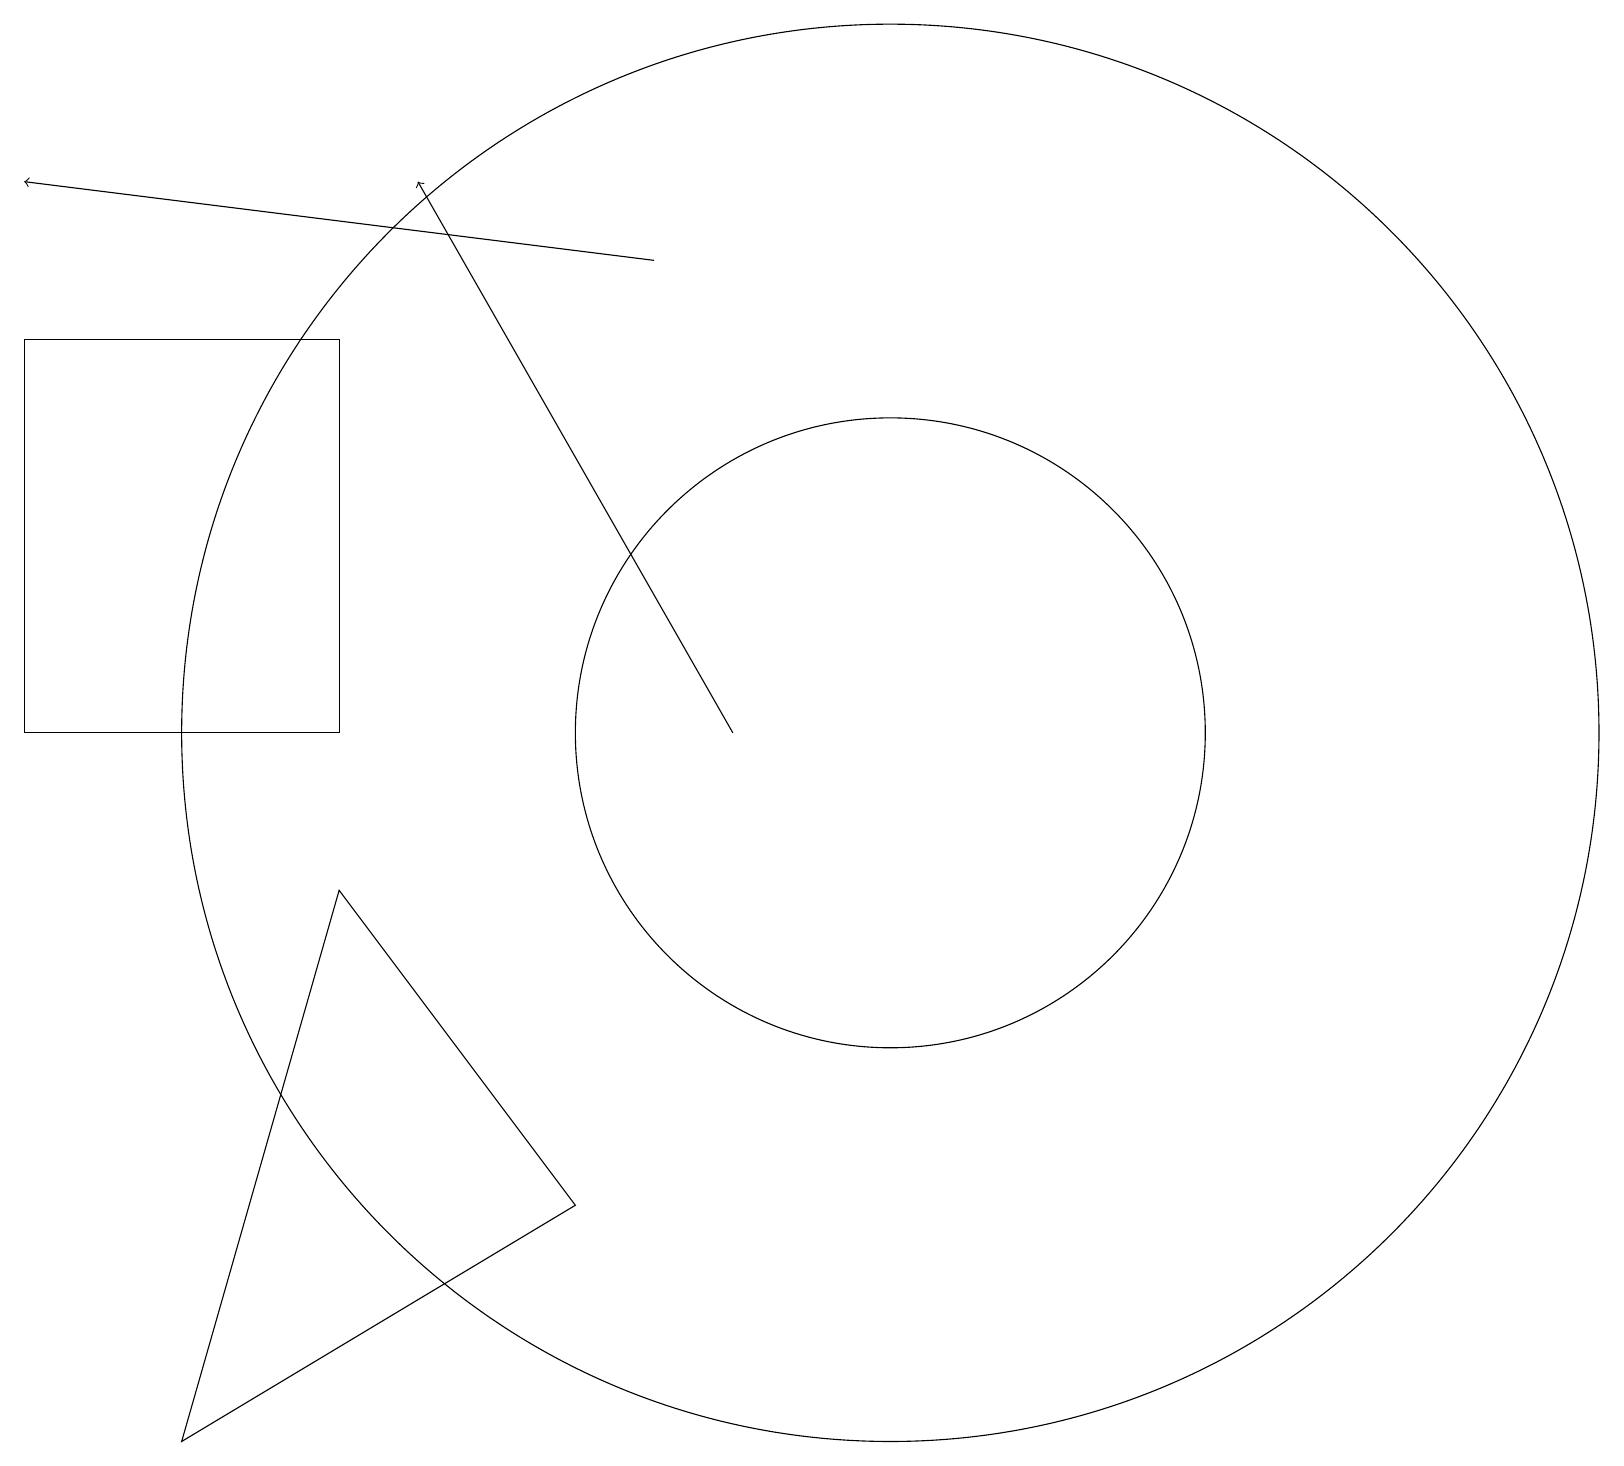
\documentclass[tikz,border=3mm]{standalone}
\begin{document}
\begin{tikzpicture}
\draw (11,11) circle (4);
\draw (4,9) -- (7,5) -- (2,2) -- cycle;
\draw[->] (9,11) -- (5,18);
\draw[->] (8,17) -- (0,18);
\draw (11,11) circle (9);
\draw (4,11) rectangle (0,16);
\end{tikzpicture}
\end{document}